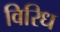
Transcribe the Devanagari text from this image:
विरिध